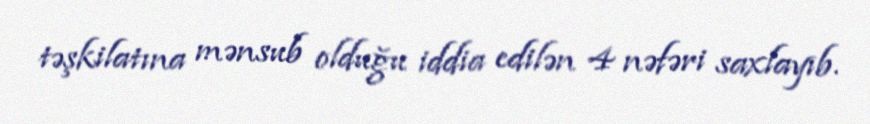
təşkilatına mənsub olduğu iddia edilən 4 nəfəri saxlayıb.